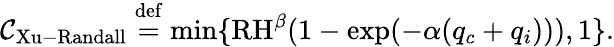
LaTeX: {\cal C}_{\mathrm{Xu-Randall}}\stackrel{\mathrm{def}}{=}\operatorname*{min}\{ \mathrm{RH}^{\beta}(1-\exp(-\alpha(q_{c}+q_{i}))),1\} .